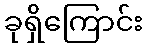
ခုရှိကြောင်း